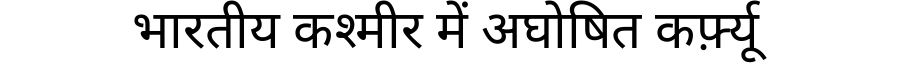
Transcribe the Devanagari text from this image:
भारतीय कश्मीर में अघोषित कर्फ़्यू